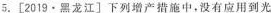
5.[2013·黑龙江]下列增产措施中，没有应用到光